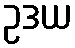
ဥဒယ